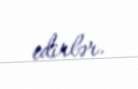
edirlər.